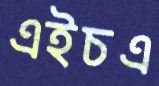
এইচএ